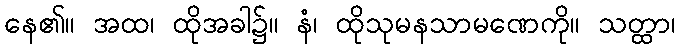
နေ၏။ အထ၊ ထိုအခါ၌။ နံ၊ ထိုသုမနသာမဏေကို။ သတ္ထာ၊